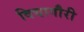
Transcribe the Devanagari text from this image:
विद्यागौरी